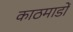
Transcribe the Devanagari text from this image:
काठमाडों